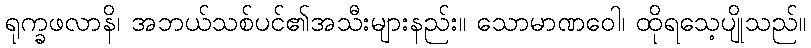
ရုက္ခဖလာနိ၊ အဘယ်သစ်ပင်၏အသီးများနည်း။ သောမာဏဝေါ၊ ထိုရသေ့ပျိုသည်။